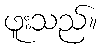
ဖူးသည်။